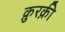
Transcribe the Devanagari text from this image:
क़ुरक़ी